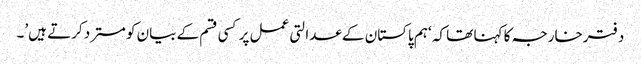
دفترخارجہ کا کہنا تھا کہ ‘ہم پاکستان کے عدالتی عمل پر کسی قسم کے بیان کو مسترد کرتے ہیں’۔